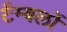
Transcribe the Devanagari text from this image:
टैम्बर्लो